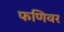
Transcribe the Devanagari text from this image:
फणिवर